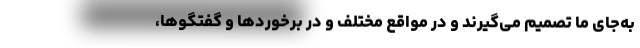
به‌جای ما تصمیم می‌گیرند و در مواقع مختلف و در برخوردها و گفتگوها،